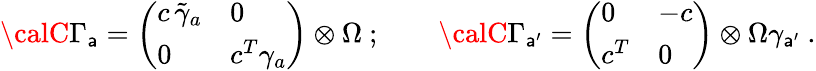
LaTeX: {\calC}\Gamma_{\mathsf{a}}=\left(\begin{array}{ll}{{c\, \tilde{\gamma}_{a}}}&{{0}}\\ {{0}}&{{c^{T}\gamma_{a}}}\end{array}\right)\otimes\Omega\ ;\qquad{\calC}\Gamma_{\mathsf{a}^{\prime}}=\left(\begin{array}{ll}{{0}}&{{-c}}\\ {{c^{T}}}&{{0}}\end{array}\right)\otimes\Omega\gamma_{\mathsf{a}^{\prime}}\ .